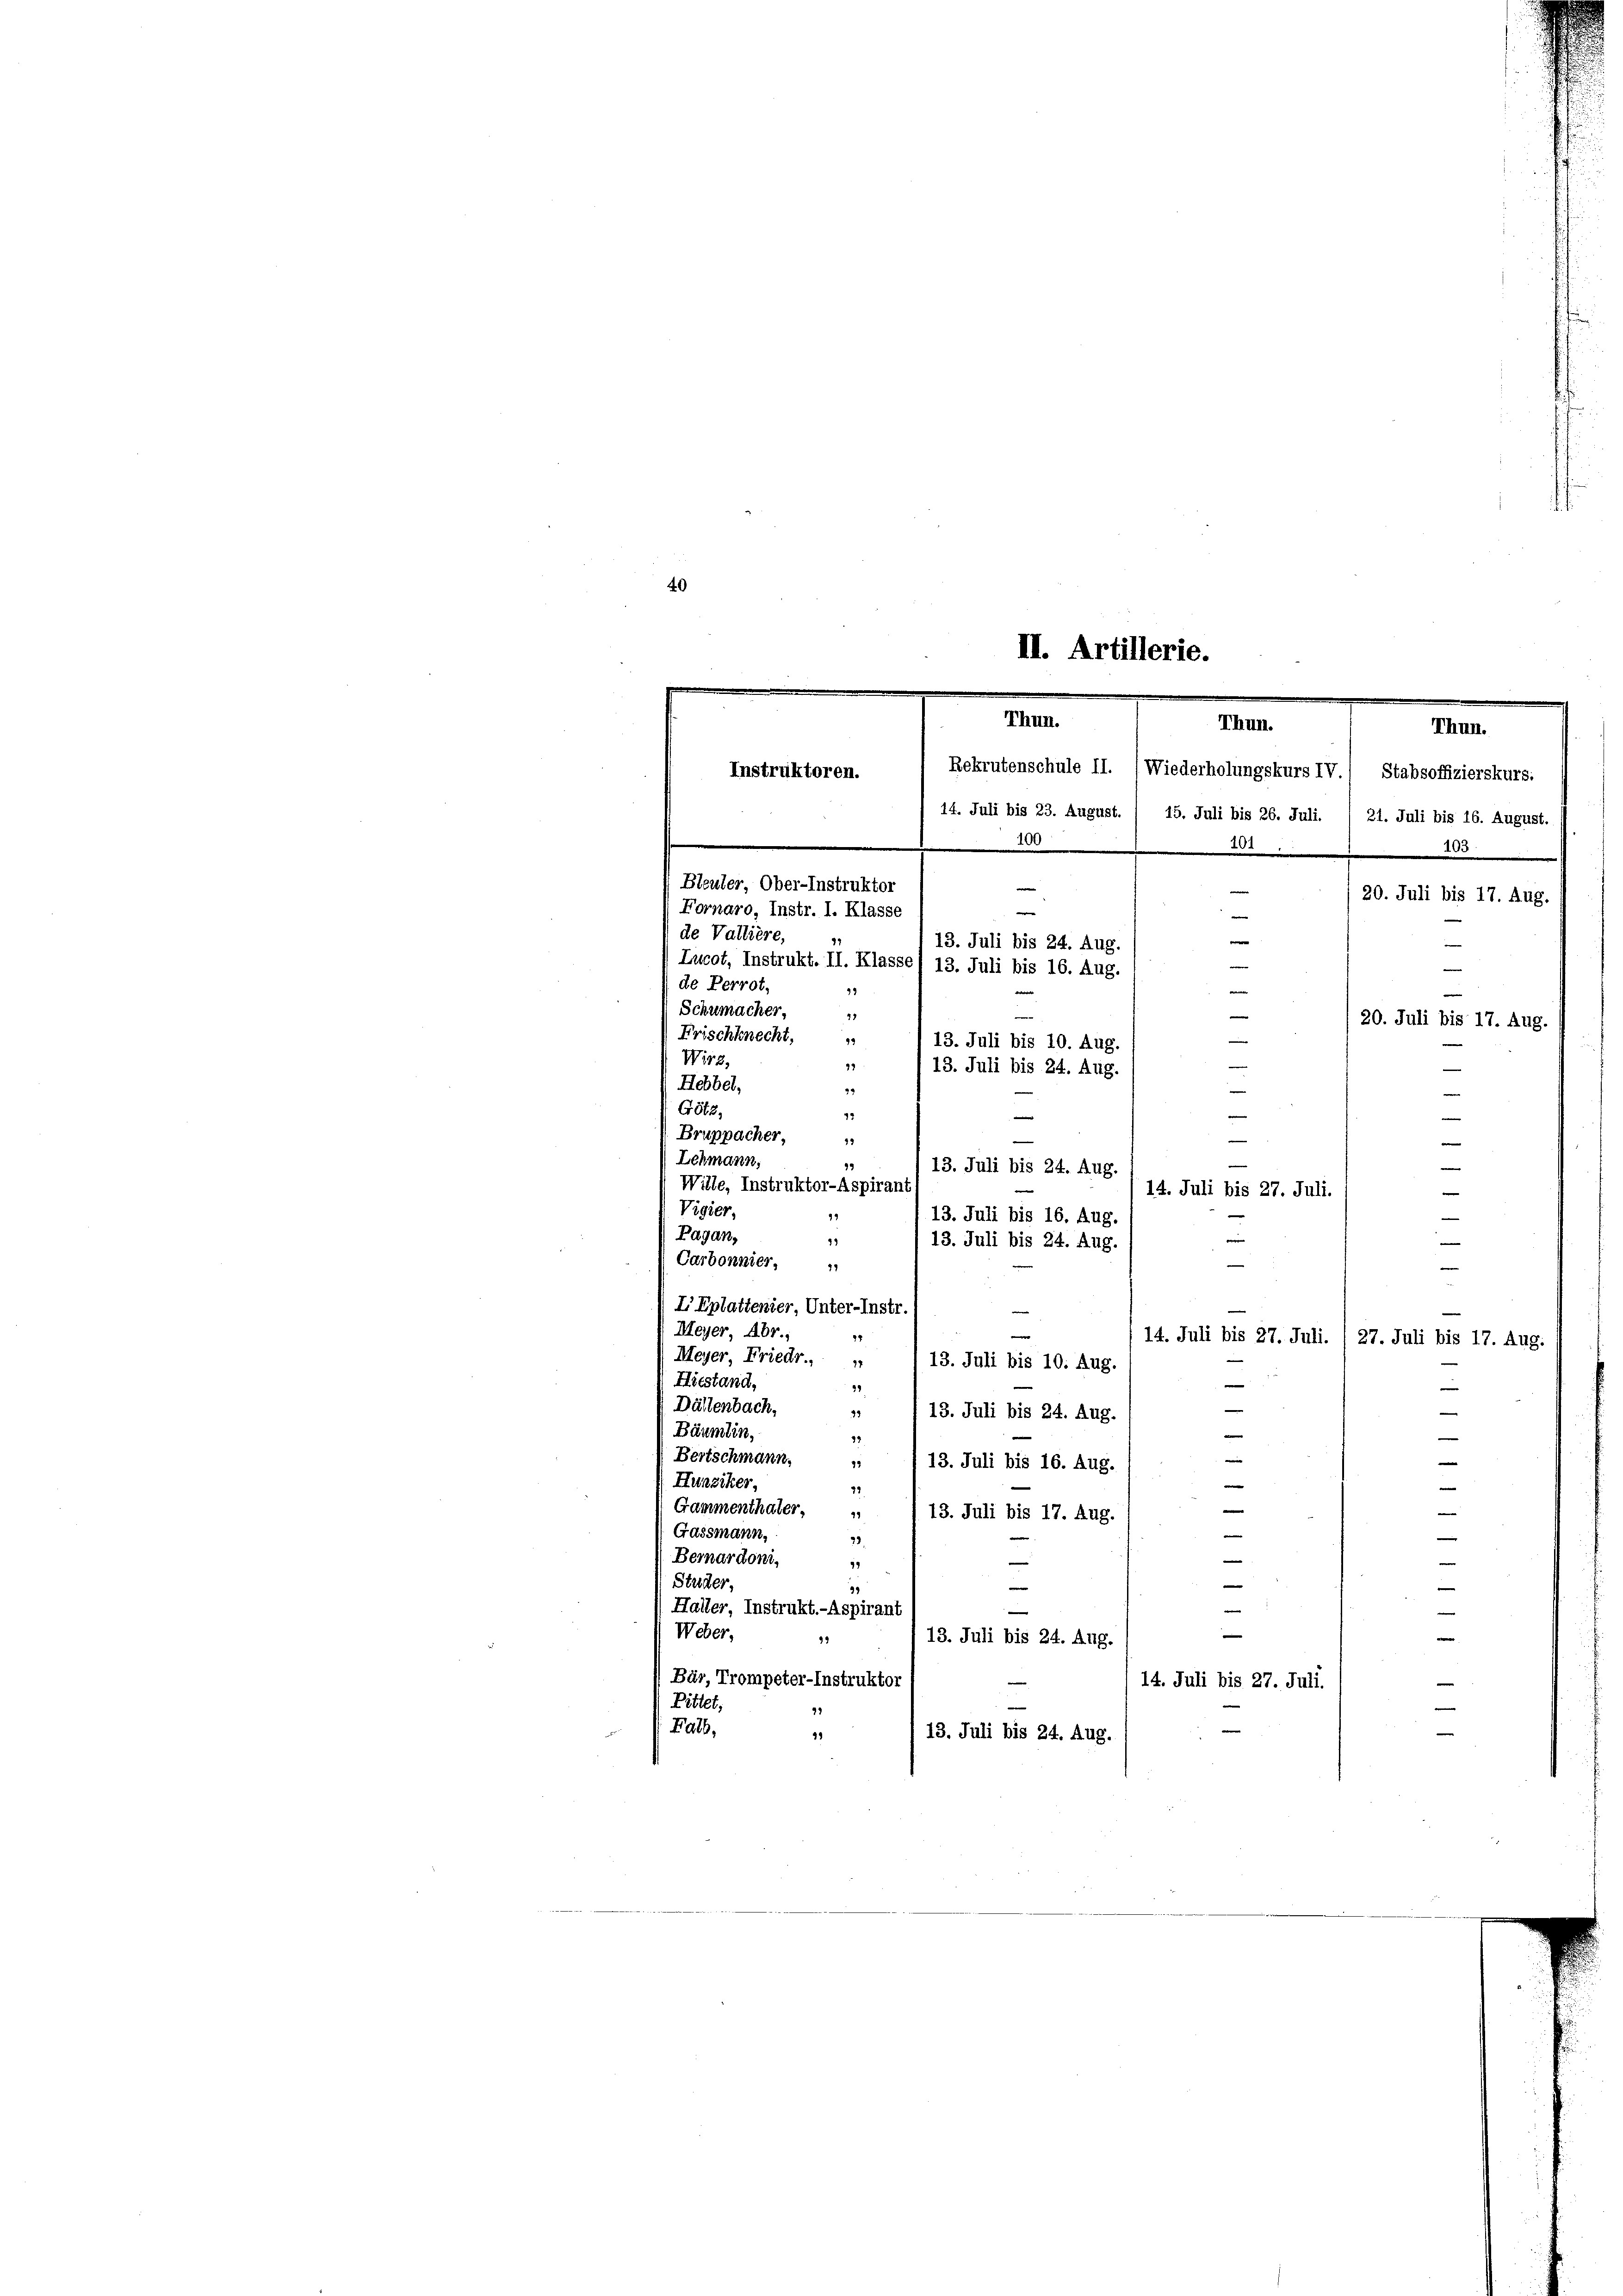
40

II. Artillerie.
Thun.
Thun.
Rekrutenschule II. (Wiederholungskurs IV.) Stabsoffizierskurs.
Instruktoren.
14. Juli bis 23. August. / 15. Juli bis 26. Juli. / 21. Juli bis 16. August.
100
404

Thun.
495
Bleuler, Ober-Instruktor
e
20. Juli bis 17. Aug.
Fornaro, Instr. I. Klasse
—
de Valliere,
13. Juli bis 24. Aug
e
Lucot, Instrukt. II. Klasse) 13. Juli bis 16. Aug.
e
de Perrot,
e
99
Schumacher,
75
e
20. Juli bis 17. Aug.
Frischknecht,
e
13. Juli bis 10. Aug.
Wirz,
99
n
13. Juli bis 24. Aug.
Hebbel,
29
e
G842,
.
s
12
e
e
Bruppacher,
13
e

Lchmann,
99
13. Juli bis 24. Aug
Wille, Instruktor-Aspirant
Vigier,
99
13. Juli bis 16. Aug.
Pagan,
9
13. Juli bis 24. Aug.
Carbonnier, u
IEplattenier, Unter-Instr
Meyer, Abr.,
e
24
14. Juli bis 27. Juli. / 27. Juli bis 17. Aug.
Meyer, Friedr.
13. Juli bis 10. Aug.
5
Hiestand,
e
31
e
Dählenbach,

  13. Juli bis 24. Aug.
Bäumlin,

23
v
Bertschmann.
e
e
 113. Juli bis 16. Aug.
Hunziker,
32
Gammenthaler.   13. Juli bis 17. Aug.
e
e
Gassmann,
28.
—
Bernardoni,
e
19
Stutter,
e
e
e
39
e
Haller, Instrukt.-Aspirant
e
Weber,
e
e
99
13. Juli bis 24. Aug.

Bär, Trompeter-Instruktor

t.
.

1
49

14. Juli bis 27. Juli.
e

14. Juli bis 27. Juli
13. Juli bis 24. Aug.

e
e
.